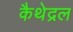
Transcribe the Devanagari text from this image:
कैथेद्रल